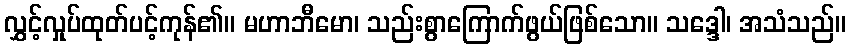
လွှင့်လှုပ်ထုတ်ပင့်ကုန်၏။ မဟာဘီမော၊ သည်းစွာကြောက်ဖွယ်ဖြစ်သော။ သဒ္ဒေါ၊ အသံသည်။